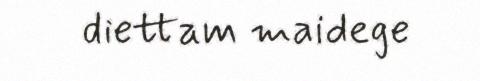
diettam maidege